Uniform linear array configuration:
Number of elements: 12
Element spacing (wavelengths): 0.75
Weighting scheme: blackman
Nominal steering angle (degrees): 60
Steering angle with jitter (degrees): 58.084
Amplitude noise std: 0.05
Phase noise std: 0.05

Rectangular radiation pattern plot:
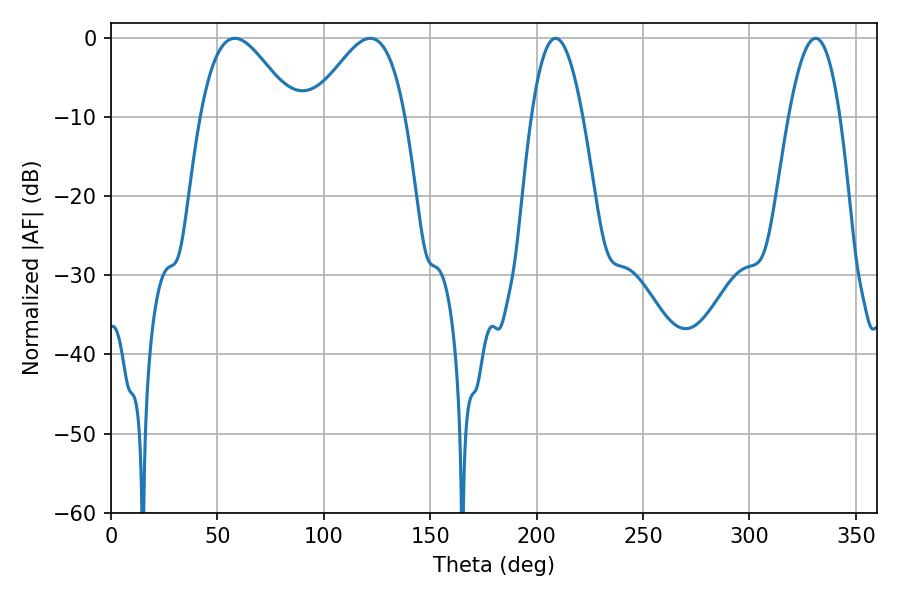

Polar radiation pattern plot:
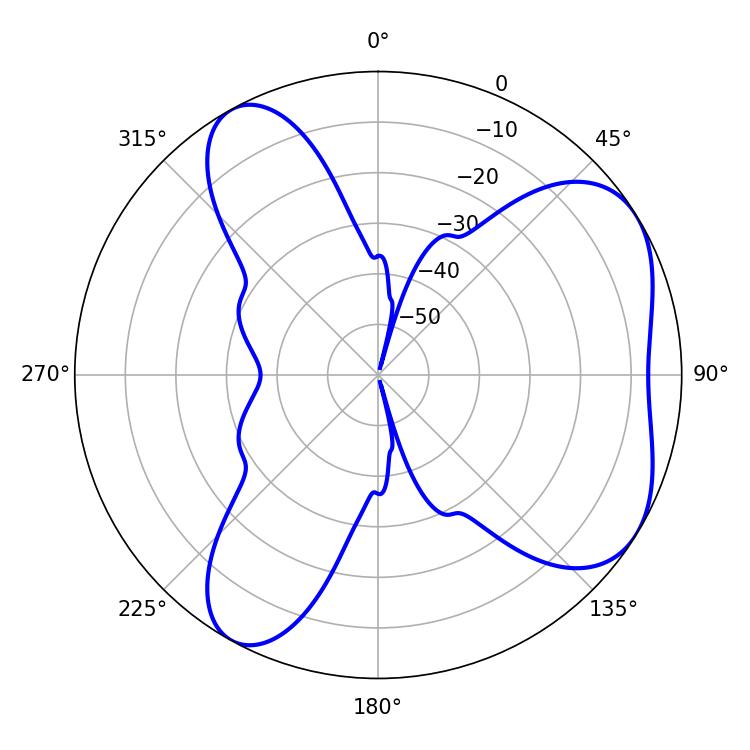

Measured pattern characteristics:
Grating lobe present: TRUE
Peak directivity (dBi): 5.505
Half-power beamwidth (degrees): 23.4
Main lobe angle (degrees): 58.14